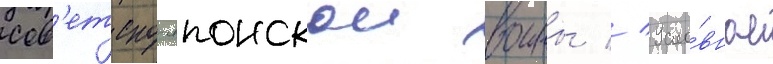
сов'етско-японскои воины // Усло́вное